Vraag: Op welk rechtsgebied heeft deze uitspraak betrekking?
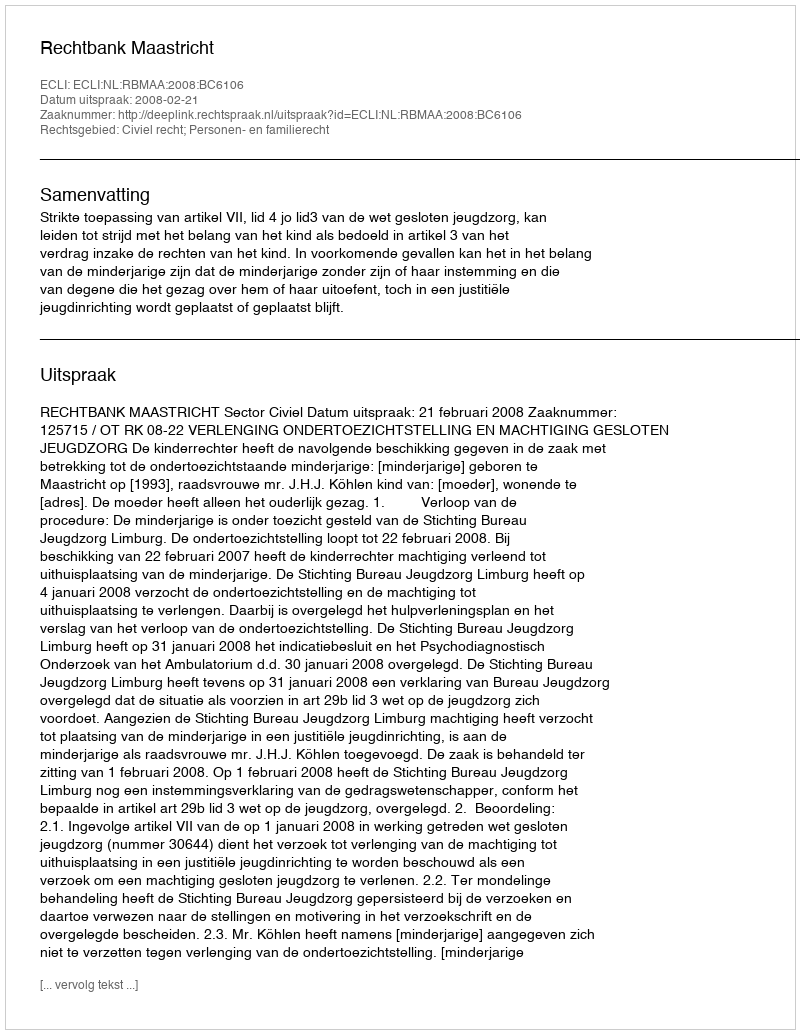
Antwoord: Civiel recht; Personen- en familierecht